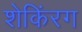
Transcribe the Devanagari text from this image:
शेकिंरग